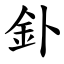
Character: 釙